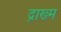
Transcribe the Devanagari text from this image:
द्राख्म